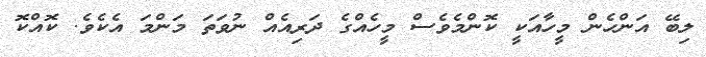
ލިބޭ އަންހެން މީހާއަކީ ކޮންމެވެސް މީހެއްގެ ދަރިއެއް ނުވަތަ މަންމަ އެކެވެ. ކޮއްކޮ